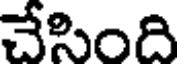
చేసింది